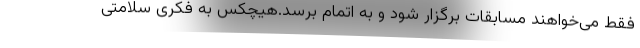
فقط می‌خواهند مسابقات برگزار شود و به اتمام برسد.هیچکس به فکری سلامتی